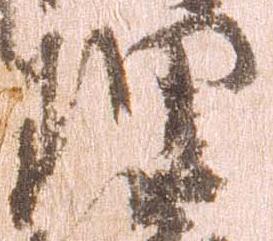
理